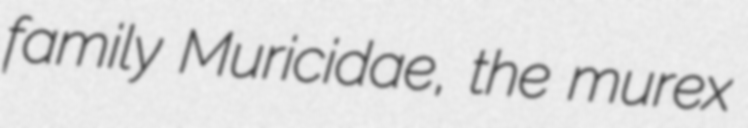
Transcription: family Muricidae, the murex